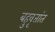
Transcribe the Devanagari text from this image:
बहुवृतांत